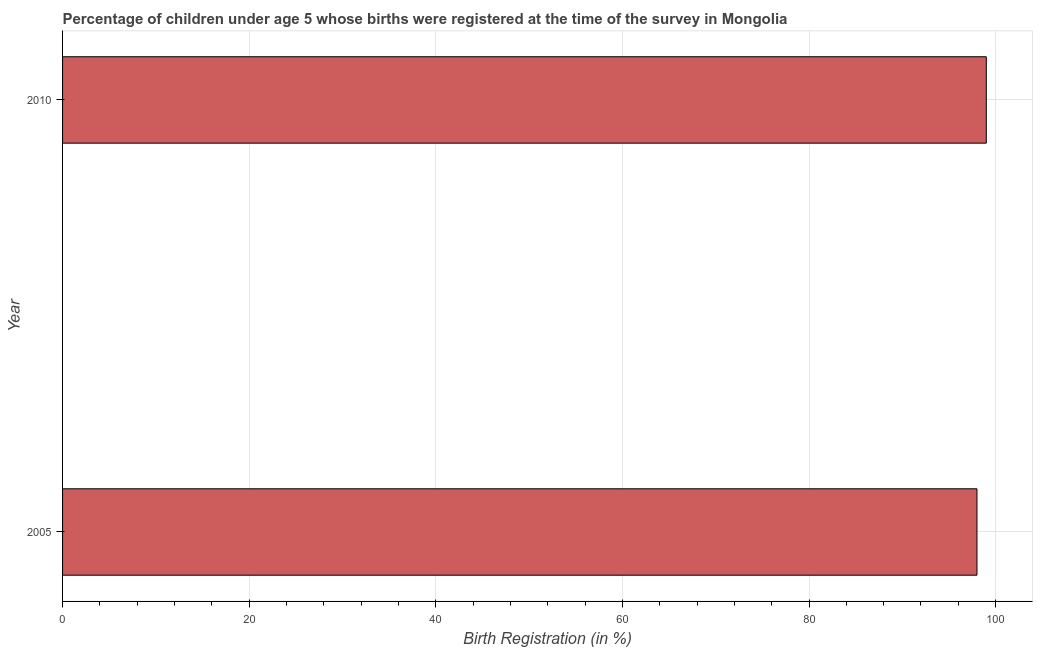
| Year | Birth registration |
 | --- | --- |
 | 2005 | 98 |
 | 2010 | 99 |